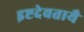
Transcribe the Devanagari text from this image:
इष्टदेवतायै